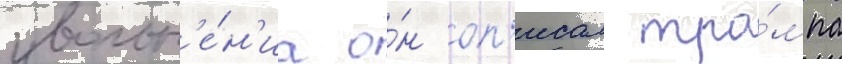
увольн'е́н'иа о́н оп'исал тра́мпа